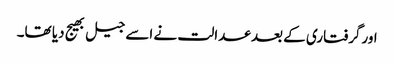
اورگرفتاری کے بعد عدالت نے اسے جیل بھیج دیا تھا۔